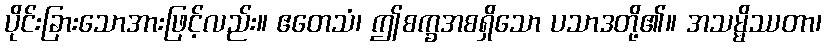
ပိုင်းခြားသောအားဖြင့်လည်း။ ဧတေသံ၊ ဤစက္ခအစရှိသော ပသာဒတို့၏။ အသမ္မိဿတာ၊